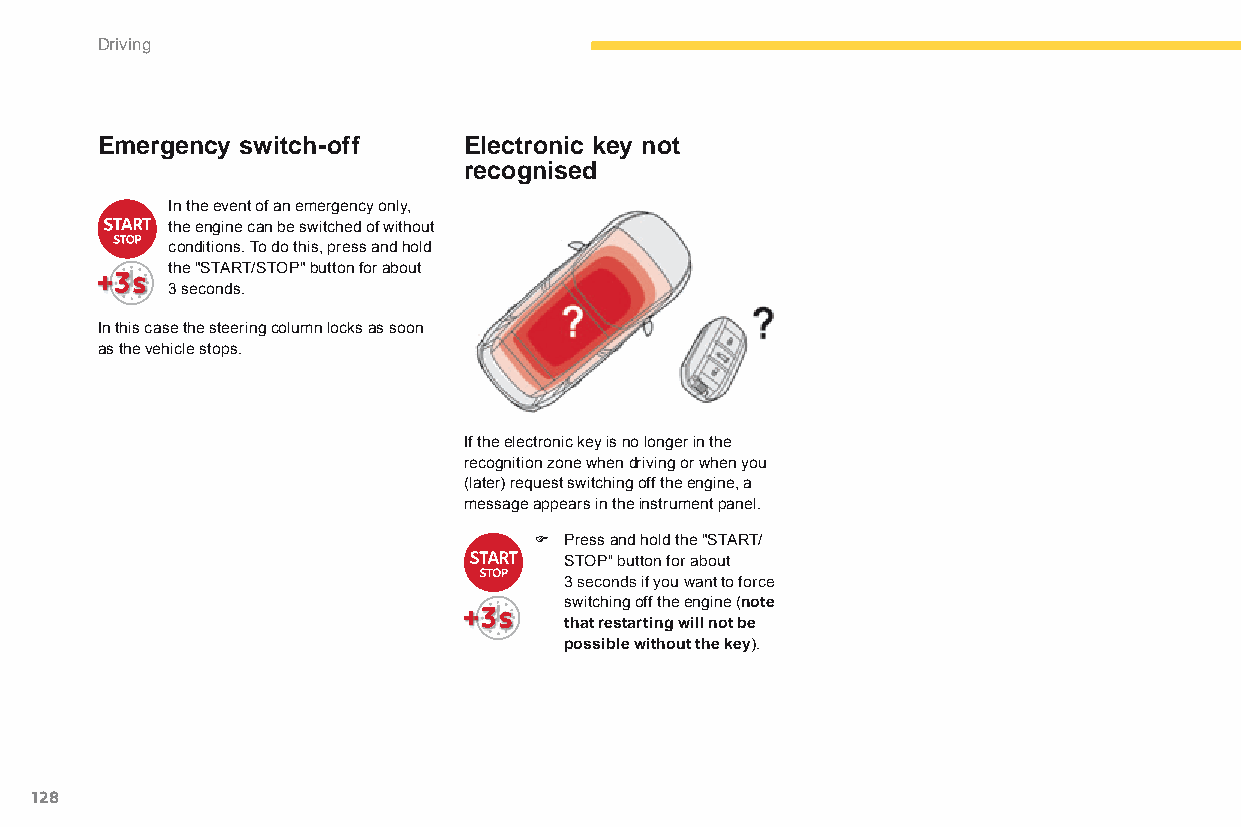
Driving
 Emergency switch-off     Electronic key not
 recognised
 In the event of an emergency only,
 the engine can be switched of without
 conditions. To do this, press and hold
 the "START/STOP" button for about
 3 seconds.
 In this case the steering column locks as soon
 as the vehicle stops.
 If the electronic key is no longer in the
 recognition zone when driving or when you
 (later) request switching off the engine, a
 message appears in the instrument panel.
 F Press and hold the "START/
 SToP" button for about
 3 seconds if you want to force
 switching off the engine (note
 that restarting will not be
 possible without the key).
 128
 C4-Picasso-II_en_Chap04_conduite_ed01-2015